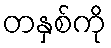
တနှစ်ကို